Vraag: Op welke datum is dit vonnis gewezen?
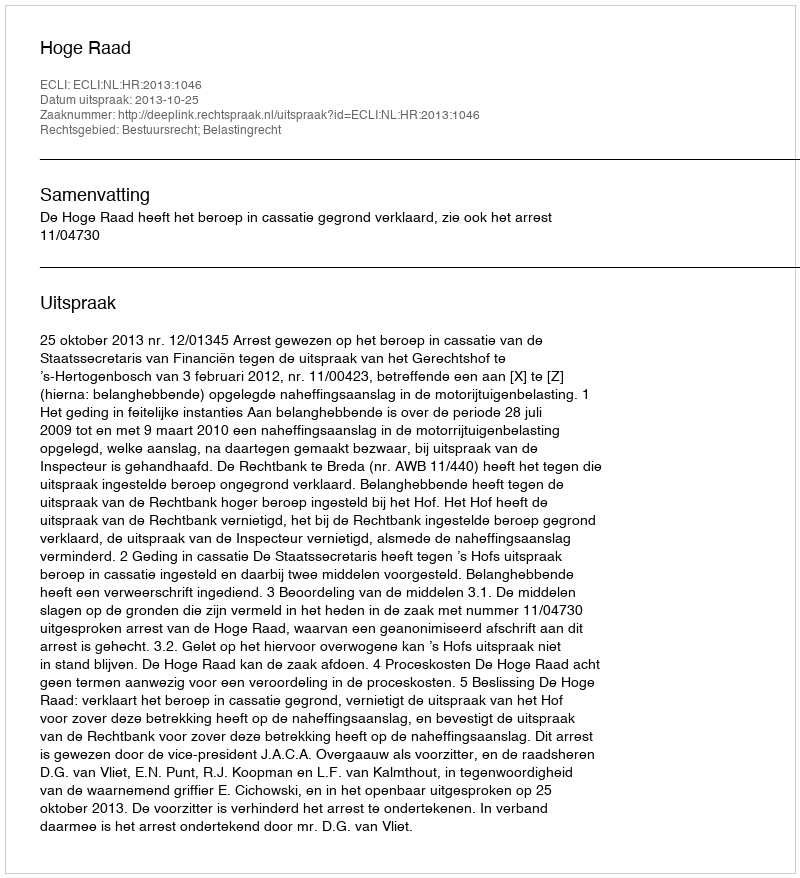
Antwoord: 2013-10-25